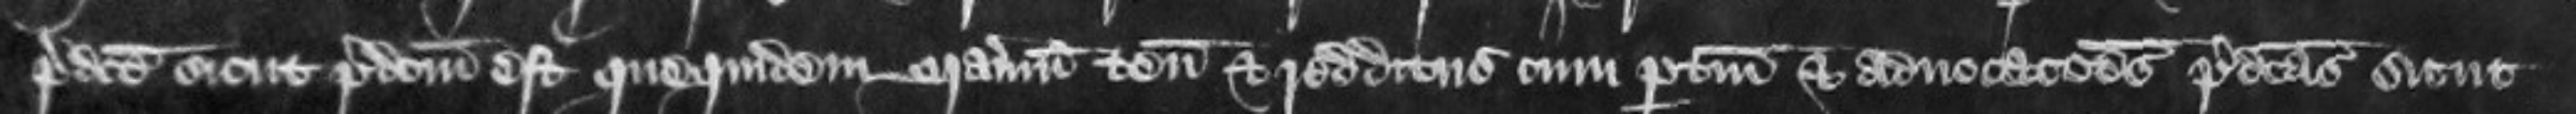
predicte sicut predictum est quequidem manerium tenementa et redditus cum pertinenciis et advocationes predictas sicut